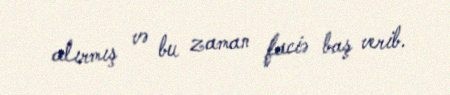
alırmış və bu zaman faciə baş verib.